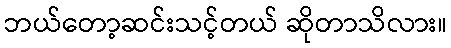
ဘယ်တော့ဆင်းသင့်တယ် ဆိုတာသိလား။